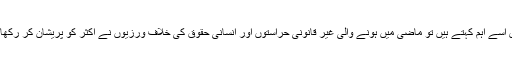
بعض اسے اہم کہتے ہیں تو ماضی میں ہونے والی غیر قانونی حراستوں اور انسانی حقوق کی خلاف ورزیوں نے اکثر کو پریشان کر رکھا ہے۔